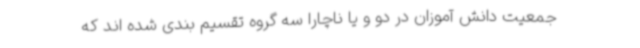
جمعیت دانش آموزان در دو و یا ناچارا سه گروه تقسیم بندی شده اند که